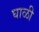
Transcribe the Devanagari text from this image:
घाळी